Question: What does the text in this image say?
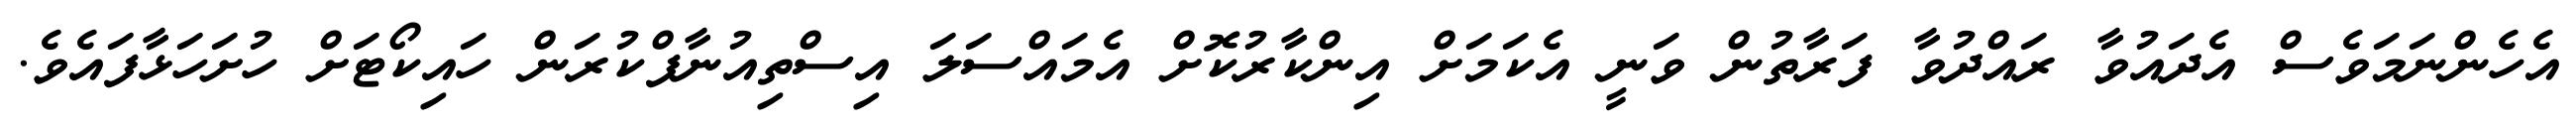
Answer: އެހެންނަމަވެސް އެދައުވާ ރައްދުވާ ފަރާތުން ވަނީ އެކަމަށް އިންކާރުކޮށް އެމައްސަލަ އިސްތިއުނާފްކުރަން ހައިކޯޓަށް ހުށަހަޅާފައެވެ.